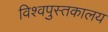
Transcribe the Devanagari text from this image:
विश्वपुस्तकालय